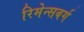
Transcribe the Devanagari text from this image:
रिमेन्सबर्ग